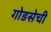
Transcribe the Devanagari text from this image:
गोडसेची